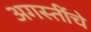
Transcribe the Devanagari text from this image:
अगस्तींचे